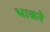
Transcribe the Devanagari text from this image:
भाकरे